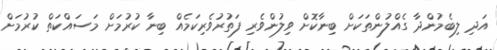
އަދި ލިބެމުންދާ ގެއްލުންތަކަށް ބިނާކޮށް ވިލުންވެރި ފަތުރުވެރިކަމެއް ބިނާ ކުރުމަށް މަސައްކަތް ކުރުމަށް